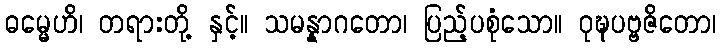
ဓမ္မေဟိ၊ တရားတို့ နှင့်။ သမန္နာဂတော၊ ပြည့်ပစုံသော။ ဝုဍ္ဎပဗ္ဗဇိတော၊